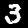
Label: 3